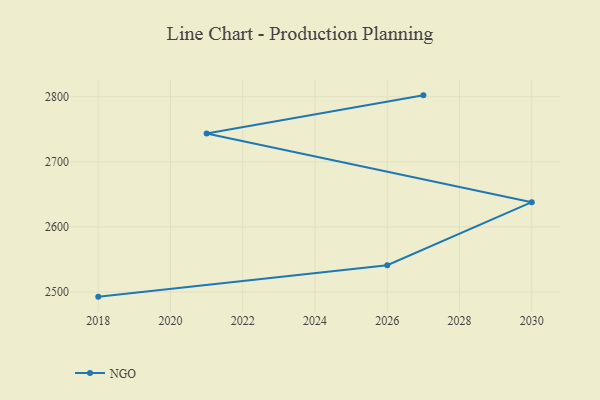
{"axis": {"x": "Year", "y": "Budget (USD K)"}, "legend": ["NGO"], "data": [{"x": "2018", "y": 2492.8, "type": "NGO"}, {"x": "2026", "y": 2541.1, "type": "NGO"}, {"x": "2030", "y": 2638.0, "type": "NGO"}, {"x": "2021", "y": 2743.6, "type": "NGO"}, {"x": "2027", "y": 2802.2, "type": "NGO"}]}